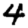
Digit: 4